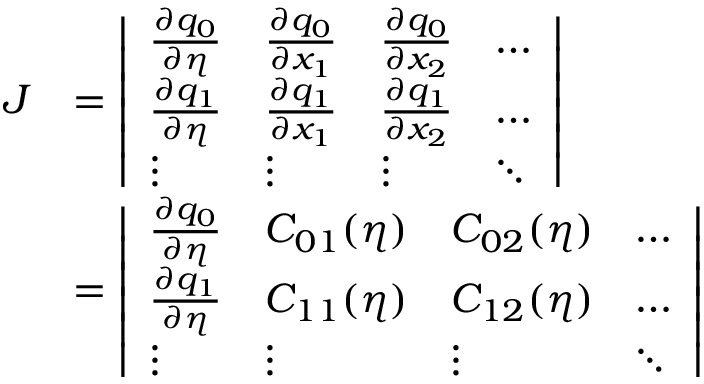
\begin{array} { r l } { J } & { = \left| \begin{array} { l l l l } { \frac { \partial q _ { 0 } } { \partial \eta } } & { \frac { \partial q _ { 0 } } { \partial x _ { 1 } } } & { \frac { \partial q _ { 0 } } { \partial x _ { 2 } } } & { \dots } \\ { \frac { \partial q _ { 1 } } { \partial \eta } } & { \frac { \partial q _ { 1 } } { \partial x _ { 1 } } } & { \frac { \partial q _ { 1 } } { \partial x _ { 2 } } } & { \dots } \\ { \vdots } & { \vdots } & { \vdots } & { \ddots } \end{array} \right| } \\ & { = \left| \begin{array} { l l l l } { \frac { \partial q _ { 0 } } { \partial \eta } } & { C _ { 0 1 } ( \eta ) } & { C _ { 0 2 } ( \eta ) } & { \dots } \\ { \frac { \partial q _ { 1 } } { \partial \eta } } & { C _ { 1 1 } ( \eta ) } & { C _ { 1 2 } ( \eta ) } & { \dots } \\ { \vdots } & { \vdots } & { \vdots } & { \ddots } \end{array} \right| } \end{array}